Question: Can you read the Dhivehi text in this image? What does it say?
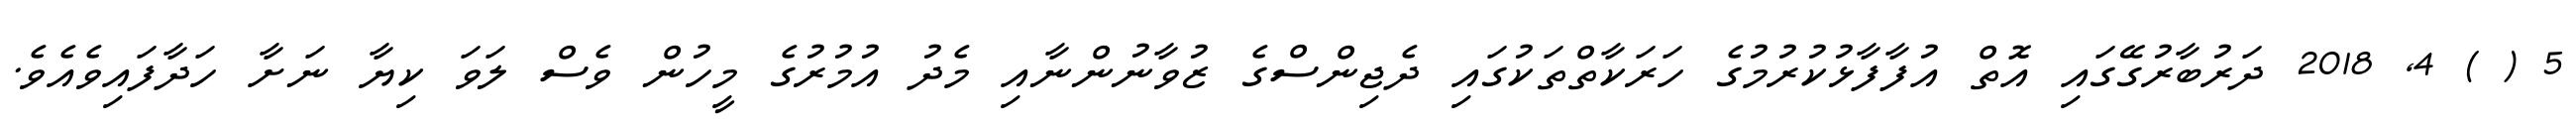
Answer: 5 ( ) 4, 2018 ދަރުބާރުގޭގައި އޮތް އުފާފާޅުކުރުމުގެ ހަރަކާތްތަކުގައި ދެޖިންސްގެ ޒުވާނުންނާއި މެދު އުމުރުގެ މީހުން ވެސް ލަވަ ކިޔާ ނަށާ ހަދާފައިވެއެވެ.